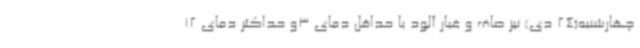
چهارشنبه(24 دی) نیز صاف و غبار آلود با حداقل دمای 3و حداکثر دمای 12